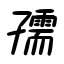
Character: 孺